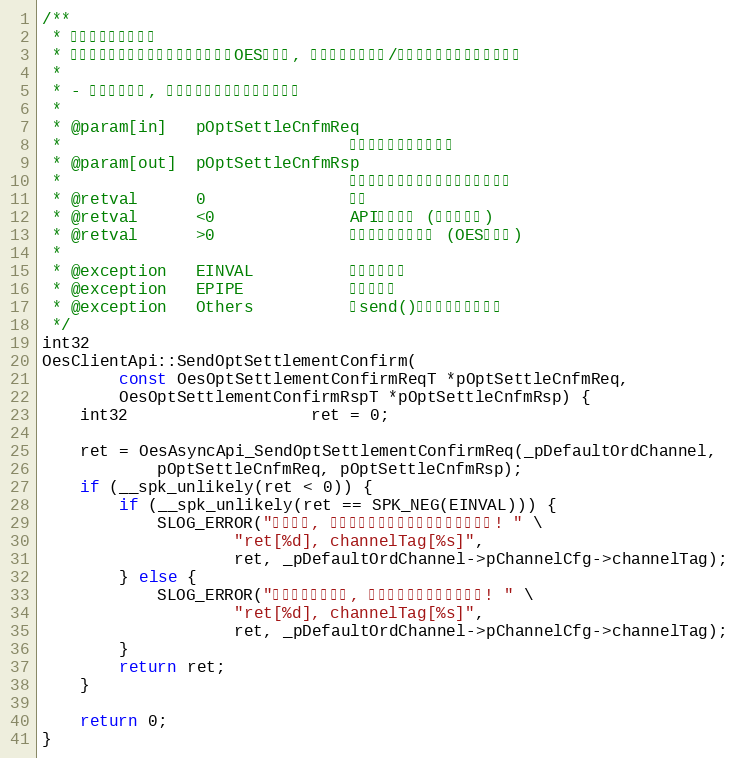
Language: C++
/**
 * 期权账户结算单确认
 * 结算单确认请求将通过委托通道发送到OES服务器, 并将采用同步请求/应答的方式直接返回处理结果
 *
 * - 结算单确认后, 方可进行委托申报和出入金请求
 *
 * @param[in]   pOptSettleCnfmReq
 *                              待发送的结算单确认请求
 * @param[out]  pOptSettleCnfmRsp
 *                              用于输出结算单确认请求应答的缓存区
 * @retval      0               成功
 * @retval      <0              API调用失败 (负的错误号)
 * @retval      >0              服务端业务处理失败 (OES错误号)
 *
 * @exception   EINVAL          传入参数非法
 * @exception   EPIPE           连接已破裂
 * @exception   Others          由send()系统调用返回的错误
 */
int32
OesClientApi::SendOptSettlementConfirm(
        const OesOptSettlementConfirmReqT *pOptSettleCnfmReq,
        OesOptSettlementConfirmRspT *pOptSettleCnfmRsp) {
    int32                   ret = 0;

    ret = OesAsyncApi_SendOptSettlementConfirmReq(_pDefaultOrdChannel,
            pOptSettleCnfmReq, pOptSettleCnfmRsp);
    if (__spk_unlikely(ret < 0)) {
        if (__spk_unlikely(ret == SPK_NEG(EINVAL))) {
            SLOG_ERROR("参数错误, 请参考日志信息检查相关数据是否合法! " \
                    "ret[%d], channelTag[%s]",
                    ret, _pDefaultOrdChannel->pChannelCfg->channelTag);
        } else {
            SLOG_ERROR("发送委托请求失败, 请等待连接就绪后继续尝试! " \
                    "ret[%d], channelTag[%s]",
                    ret, _pDefaultOrdChannel->pChannelCfg->channelTag);
        }
        return ret;
    }

    return 0;
}